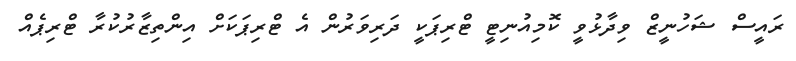
ރައީސް ޝަހުނީޒް ވިދާޅުވީ ކޮމިއުނިޓީ ޓްރިޕަކީ ދަރިވަރުން އެ ޓްރިޕަކަށް އިންތިޒާރުކުރާ ޓްރިޕެއް